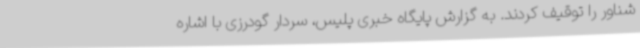
شناور را توقیف کردند. به گزارش پایگاه خبری پلیس، سردار گودرزی با اشاره